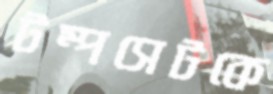
টম্পসেটকে